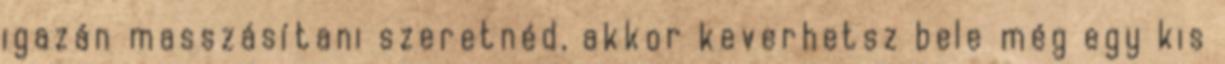
igazán masszásítani szeretnéd, akkor keverhetsz bele még egy kis